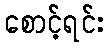
စောင့်ရင်း